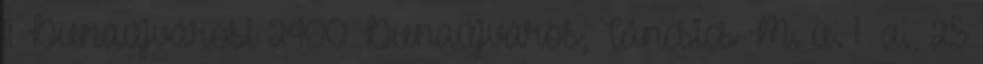
11 Dunaújvárosi 2400 Dunaújváros, Táncsics M. u. 1 a., 25